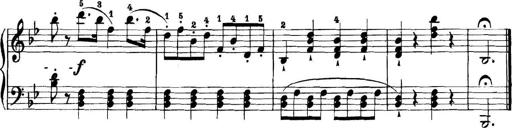
Title: 11 Sonatinas
Composer: Anton Diabelli